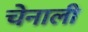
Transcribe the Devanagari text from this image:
चेनाली